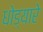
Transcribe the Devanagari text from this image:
धोड्यारे